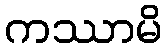
ကဿာမိ